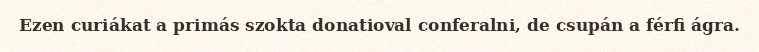
Ezen curiákat a primás szokta donatioval conferalni, de csupán a férfi ágra.